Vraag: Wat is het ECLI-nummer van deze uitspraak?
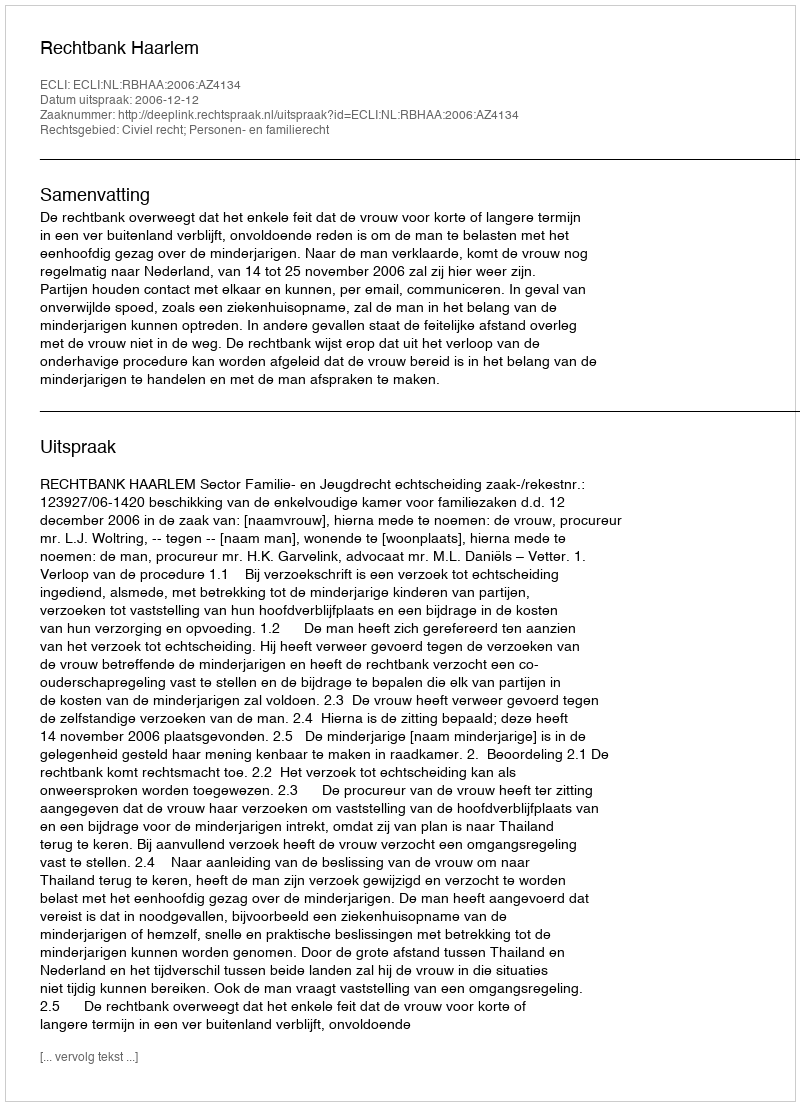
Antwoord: ECLI:NL:RBHAA:2006:AZ4134